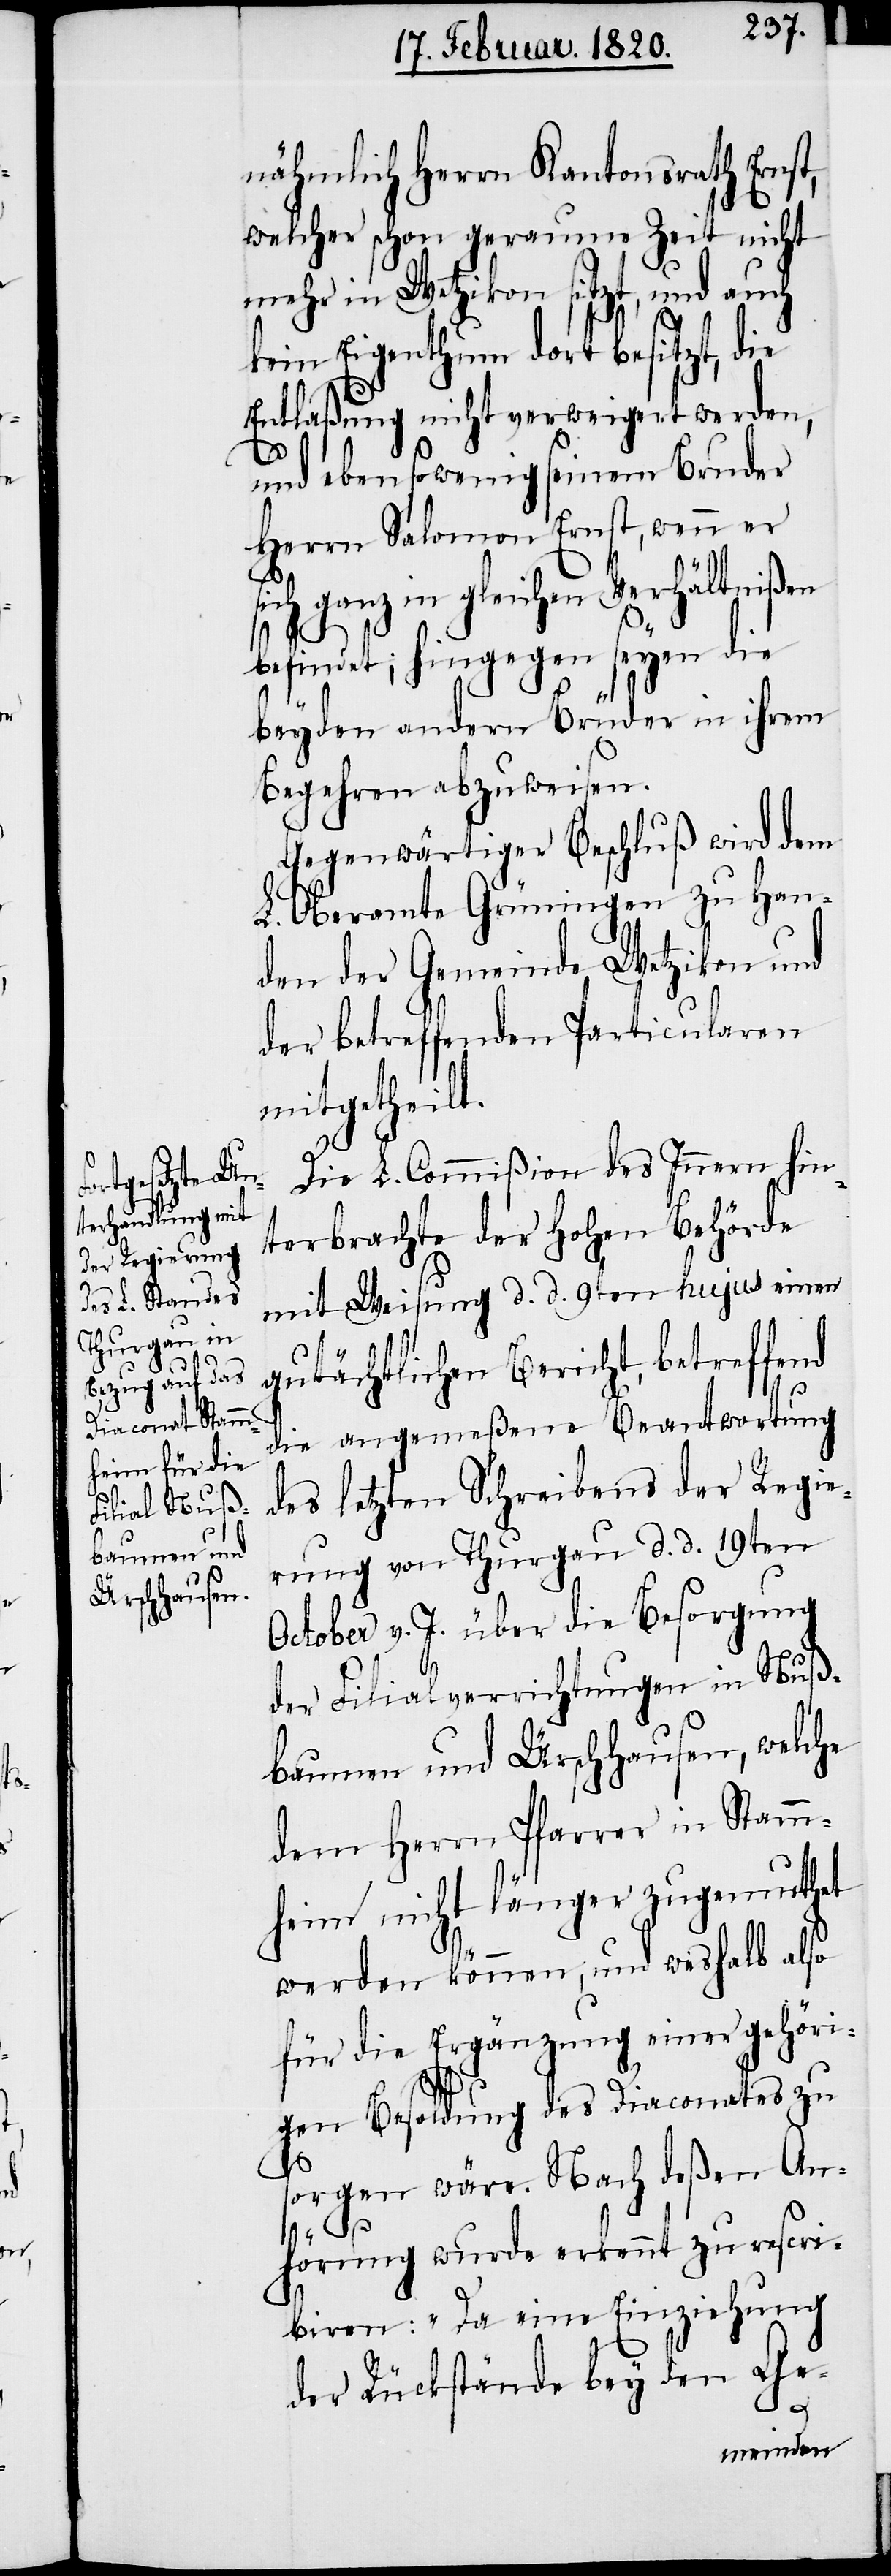
nähmlich Heerrn Kantonsrath Ernst,
welcher schon geraume Zeit nicht
mehr in Wetzikon sitzt, und auch
kein Eigenthum dort besitzt, die
Entlaßung nicht verweigert werden,
und ebensowenig seinem Bruder
Herrn Salomon Ernst, wenn er
sich ganz in gleichen Verhältnißen
befindet; hingegen seyen die
beyden andern Brüder in ihrem
Begehren abzuweisen.
Gegenwärtiger Beschluß wird dem
L. Oberamte Grüningen zu Han¬
den der Gemeinde Wetzikon und
der betreffenden Particularen
mitgetheilt.
Die L. Commißion des Innern hin¬
terbrachte der Hohen Behörde
mit Weisung d. d. 9ten hujus einen
gutächtlichen Bericht, betreffend
die angemeßene Beantwortung
des letzten Schreibens der Regie¬
rung von Thurgau d. d. 19ten
October v. J. über die Besorgung
der Filialverrichtungen in Nuß¬
baumen und Ürschhausen, welche
dem Herrn Pfarrer in Stamm¬
heim nicht länger zugemuthet
werden können, und weshalb also
für die Ergänzung einer gehöri¬
gen Besoldung des Diaconates zu
sorgen wäre. Nach deßen An¬
hörung wurde erkennt zu rescri¬
biren: „Da eine Einziehung
der Rückstände bey den Ge-